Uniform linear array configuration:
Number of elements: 16
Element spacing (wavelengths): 0.5
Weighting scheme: uniform
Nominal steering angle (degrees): -60
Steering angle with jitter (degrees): -59.209
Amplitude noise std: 0.05
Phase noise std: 0.05

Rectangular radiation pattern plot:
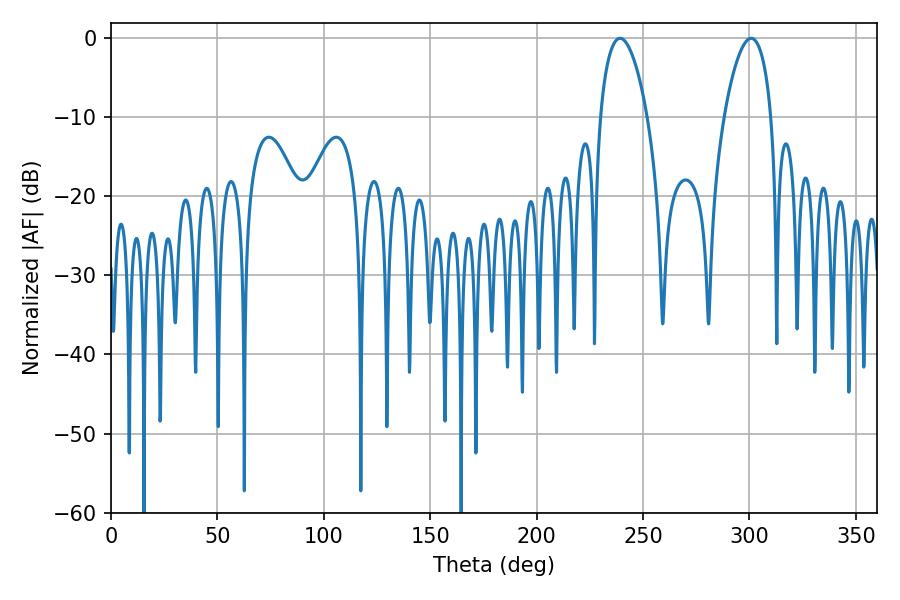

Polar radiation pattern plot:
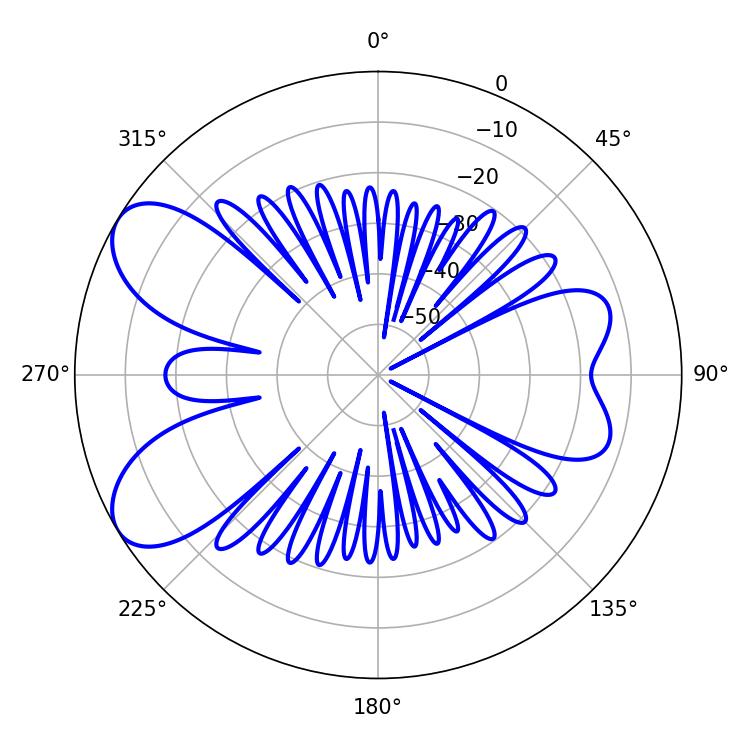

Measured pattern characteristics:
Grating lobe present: FALSE
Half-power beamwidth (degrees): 12.42
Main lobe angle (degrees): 239.22